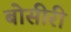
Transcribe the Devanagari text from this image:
बोसीरी